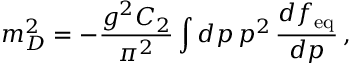
m _ { D } ^ { 2 } = - \frac { g ^ { 2 } C _ { 2 } } { \pi ^ { 2 } } \int d p \, p ^ { 2 } \, \frac { d f _ { \mathrm { e q } } } { d p } \, ,